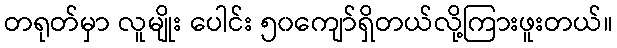
တရုတ်မှာ လူမျိုး ပေါင်း ၅၀ကျော်ရှိတယ်လို့ကြားဖူးတယ်။